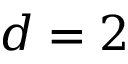
d = 2